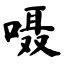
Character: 嗫